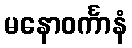
မနောဝင်္ကာနံ